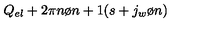
Q _ { e l } + { { 2 \pi n } \o { n + 1 } } ( s + { { j _ { w } } \o n } )